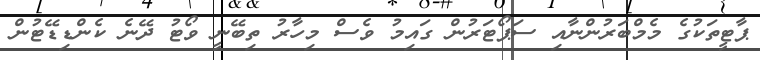
ޕާޓީތަކުގެ މެމްބަރުންނާއި ސަޕޯޓަރުން ގައިމު ވެސް މިހާރު ތިބޭނީ ވޯޓު ދޭނެ ކެންޑިޑޭޓުން